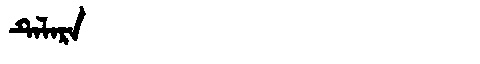
Manchu: ᡨᡝᠯᠠᡵᠠ
Romanization: TELARA